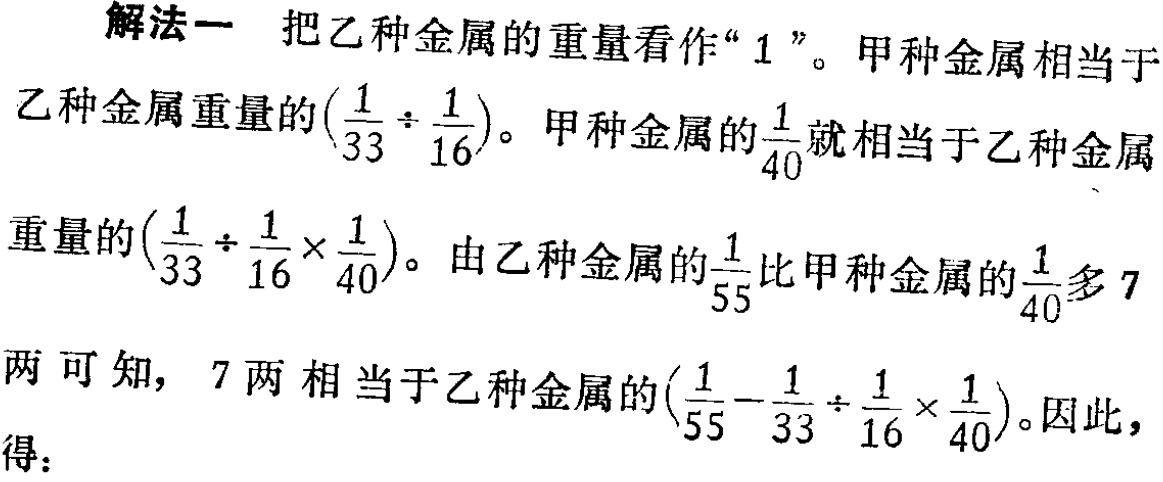
解法一 把乙种金属的重量看作“$1$”。甲种金属相当于乙种金属重量的$(\frac{1}{33} \div \frac{1}{16})$。甲种金属的$\frac{1}{40}$就相当于乙种金属重量的$(\frac{1}{33} \div \frac{1}{16} \times \frac{1}{40})$。由乙种金属的$\frac{1}{55}$比甲种金属的$\frac{1}{40}$多$7$两可知，$7$两相当于乙种金属的$(\frac{1}{55} - \frac{1}{33} \div \frac{1}{16} \times \frac{1}{40})$。因此，得：